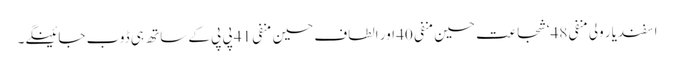
اسفندیار ولی منفی 48‘ شجاعت حسین منفی 40 اور الطاف حسین منفی 41 پی پی کے ساتھ ہی ڈوب جائینگے۔